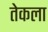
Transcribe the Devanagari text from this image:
तेकला